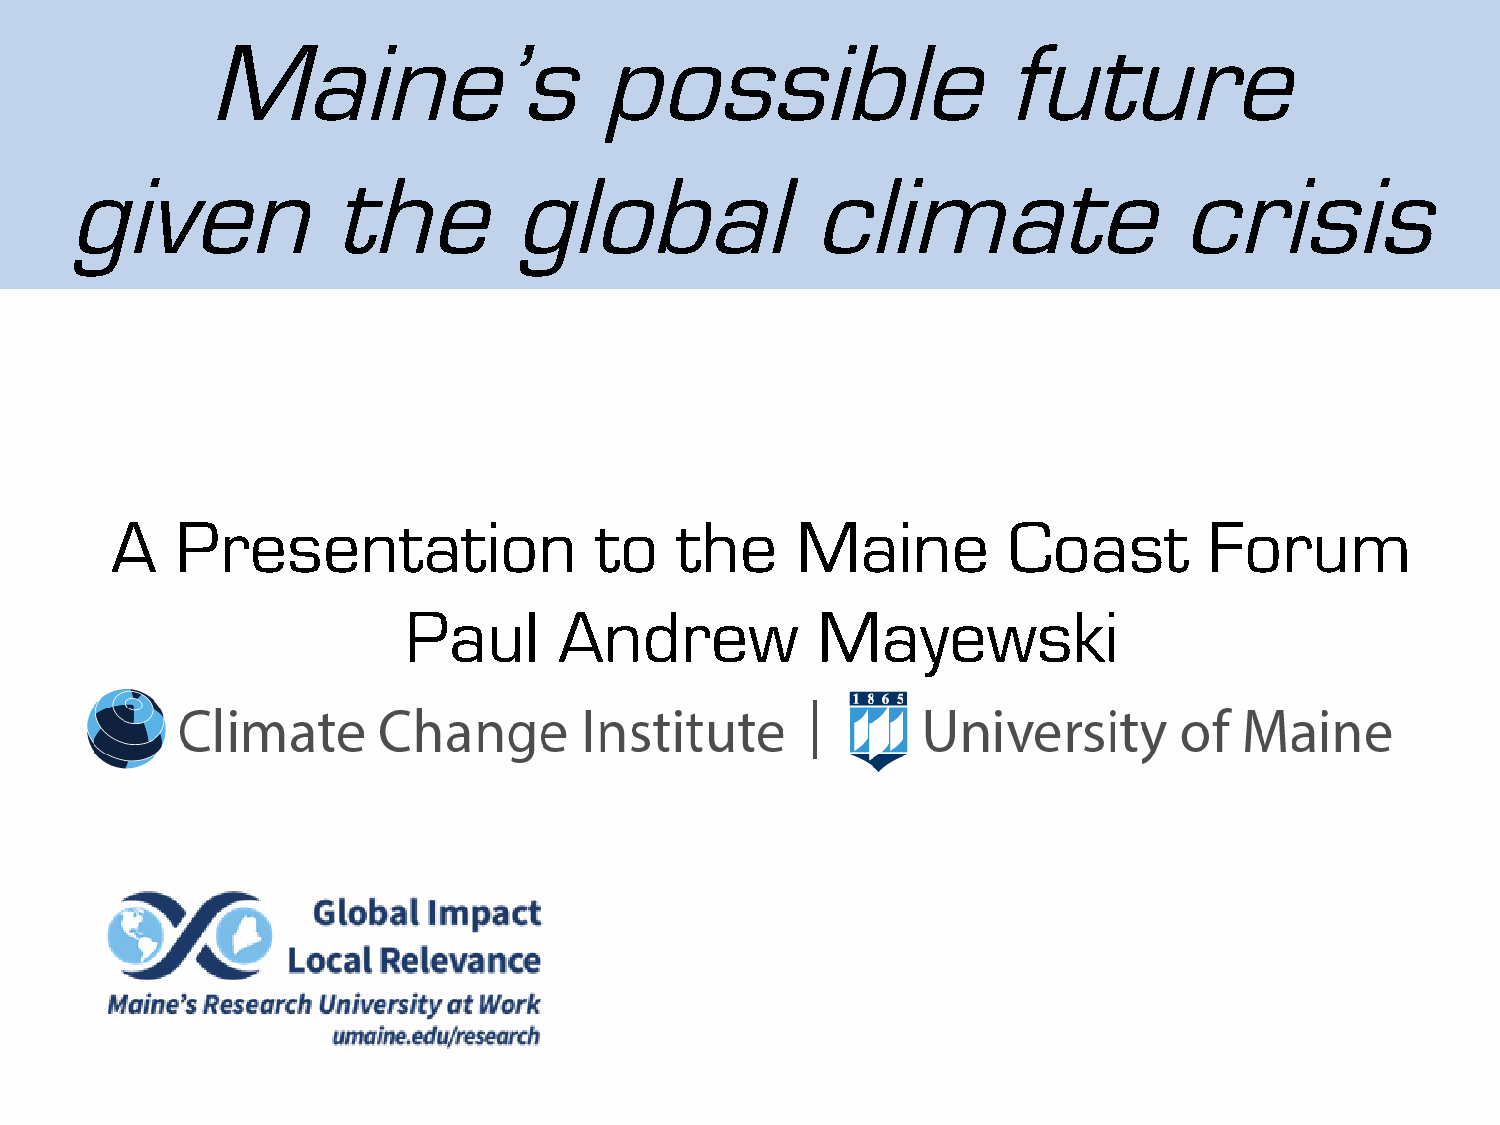
Maine’s                   possible                  future
 given             the         global              climate                 crisis
 A    Presentation               to    the     Maine         Coast        Forum
 Paul      Andrew           Mayewski